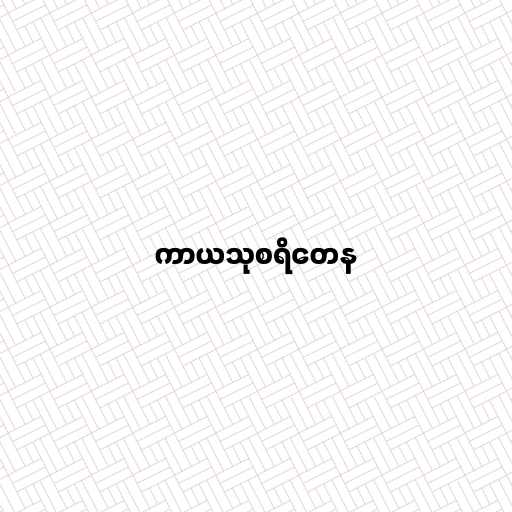
ကာယသုစရိတေန